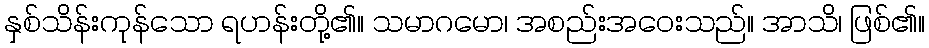
နှစ်သိန်းကုန်သော ရဟန်းတို့၏။ သမာဂမော၊ အစည်းအဝေးသည်။ အာသိ၊ ဖြစ်၏။